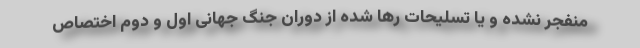
منفجر نشده و یا تسلیحات رها شده از دوران جنگ جهانی اول و دوم اختصاص